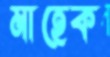
মাহেক